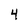
Character: 4